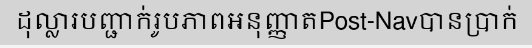
ដុល្លារបញ្ជាក់រូបភាពអនុញ្ញាតPost-Navបានប្រាក់